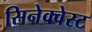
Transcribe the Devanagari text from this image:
सिनेक्वेस्ट